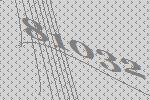
81032